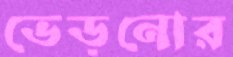
ভেড়নোর